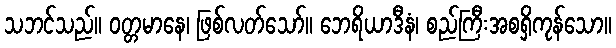
သဘင်သည်။ ဝတ္တမာနေ၊ ဖြစ်လတ်သော်။ ဘေရိယာဒီနံ၊ စည်ကြီးအစရှိကုန်သော။